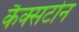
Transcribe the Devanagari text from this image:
कैक्सटोन